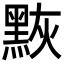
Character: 𪑀